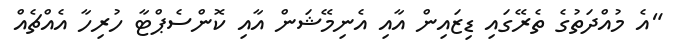
"އެ މުއްދަތުގެ ތެރޭގައި ޑިޒައިން އާއި އެނިމޭޝަން އާއި ކޮންސެޕްޓާ ހުރިހާ އެއްޗެއް